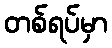
တစ်ရပ်မှာ